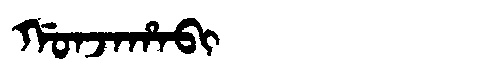
Manchu: ᡤᠣᠨᠵᠠᡥᠠᠪᡳ
Romanization: GONJAHABI